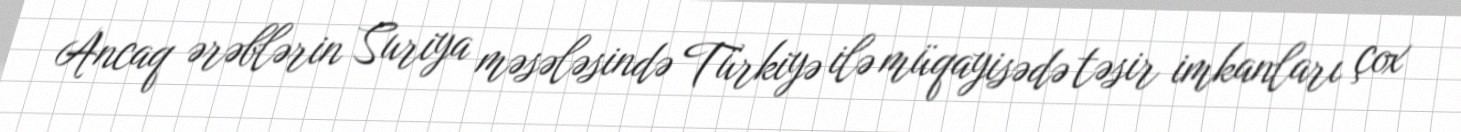
Ancaq ərəblərin Suriya məsələsində Türkiyə ilə müqayisədə təsir imkanları çox